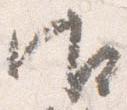
御